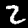
Label: 2